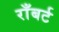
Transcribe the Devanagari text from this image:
राँबर्ट